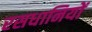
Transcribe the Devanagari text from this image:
रसधानियों